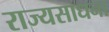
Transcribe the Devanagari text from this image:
राज्यसाधना